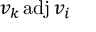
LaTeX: v _ { k } \operatorname { a d j } v _ { i }